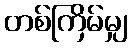
တစ်ကြိမ်မျှ